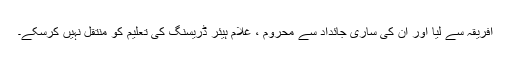
افریقہ سے لیا اور ان کی ساری جائداد سے محروم ، غلام ہیئر ڈریسنگ کی تعلیم کو منتقل نہیں کرسکے۔